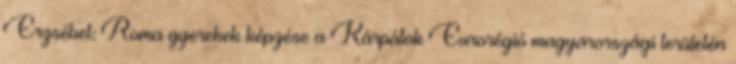
Erzsébet: Roma gyerekek képzése a Kárpátok Eurorégió magyarországi területén